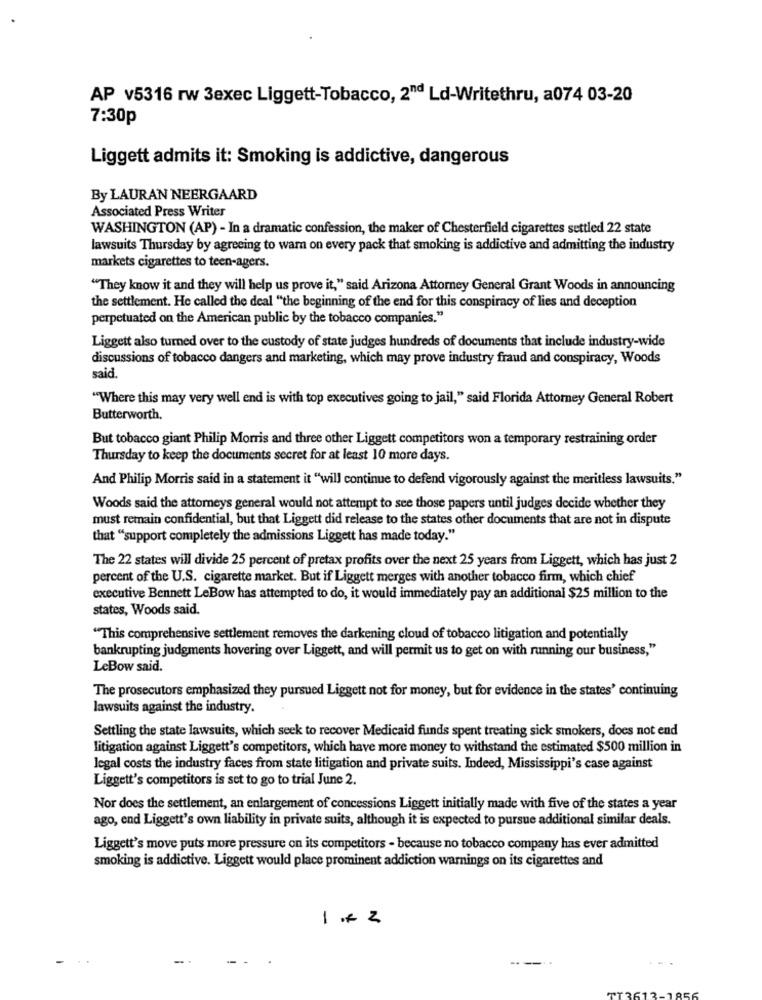
AP v5316 rw 3exec Liggett-Tobacco, 2"d Ld-Writethru, a074 03-20
7:30p
Liggett admits it: Smoking is addictive, dangerous
By LAURAN NEERGAARD
Associated Press Writer
WASHINGTON (AP) - In a dramatic confession, the maker of Chesterfield cigarettes settled 22 state
lawsuits Thursday by agreeing to war on every pack that smoking is addictive and admitting the industry
markets cigarettes to teen-agers.
"They know it and they will help us prove it," said Arizona Attorney General Grant Woods in announcing
the settlement. He called the deal "the beginning of the end for this conspiracy of lies and deception
perpetuated on the American public by the tobacco companies."
Liggett also turned over to the custody of state judges hundreds of documents that include industry-wide
discussions of tobacco dangers and marketing, which may prove industry fraud and conspiracy, Woods
said.
"Where this may very well end is with top executives going to jail," said Florida Attorney General Robert
Butterworth.
But tobacco giant Philip Morris and three other Liggett competitors won a temporary restraining order
Thursday to keep the documents secret for at least 10 more days.
And Philip Morris said in a statement it "will continue to defend vigorously against the meritless lawsuits."
Woods said the attorneys general would not attempt to see those papers until judges decide whether they
must remain confidential, but that Liggett did release to the states other documents that are not in dispute
that "support completely the admissions Liggett has made today."
The 22 states will divide 25 percent of pretax profits over the next 25 years from Liggett, which has just 2
percent of the U.S. cigarette market. But if Liggett merges with another tobacco firm, which chief
executive Bennett LeBow has attempted to do, it would immediately pay an additional $25 million to the
states, Woods said.
"This comprehensive settlement removes the darkening cloud of tobacco litigation and potentially
bankrupting judgments hovering over Liggett, and will permit us to get on with running our business,"
LeBow said.
The prosecutors emphasized they pursued Liggett not for money, but for evidence in the states' continuing
lawsuits against the industry.
Settling the state lawsuits, which seek to recover Medicaid funds spent treating sick smokers, does not end
litigation against Liggett's competitors, which have more money to withstand the estimated $500 million in
legal costs the industry faces from state litigation and private suits. Indeed, Mississippi's case against
Liggett's competitors is set to go to trial June 2.
Nor does the settlement, an enlargement of concessions Liggett initially made with five of the states a year
ago, end Liggett's own liability in private suits, although it is expected to pursue additional similar deals.
Liggett's move puts more pressure on its competitors - because no tobacco company has ever admitted
smoking is addictive. Liggett would place prominent addiction warnings on its cigarettes and
-
N
---